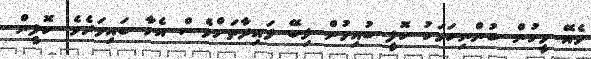
ވެއޭ މީހުން ބުންނިކަމަކު ކޮފީ ބުއިމުން ލިބޭ ފައިދާތަށްވެސް އެހާ ބައިވަރެވެ. ކޮފީން